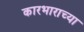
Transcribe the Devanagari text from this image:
कारभाराच्या